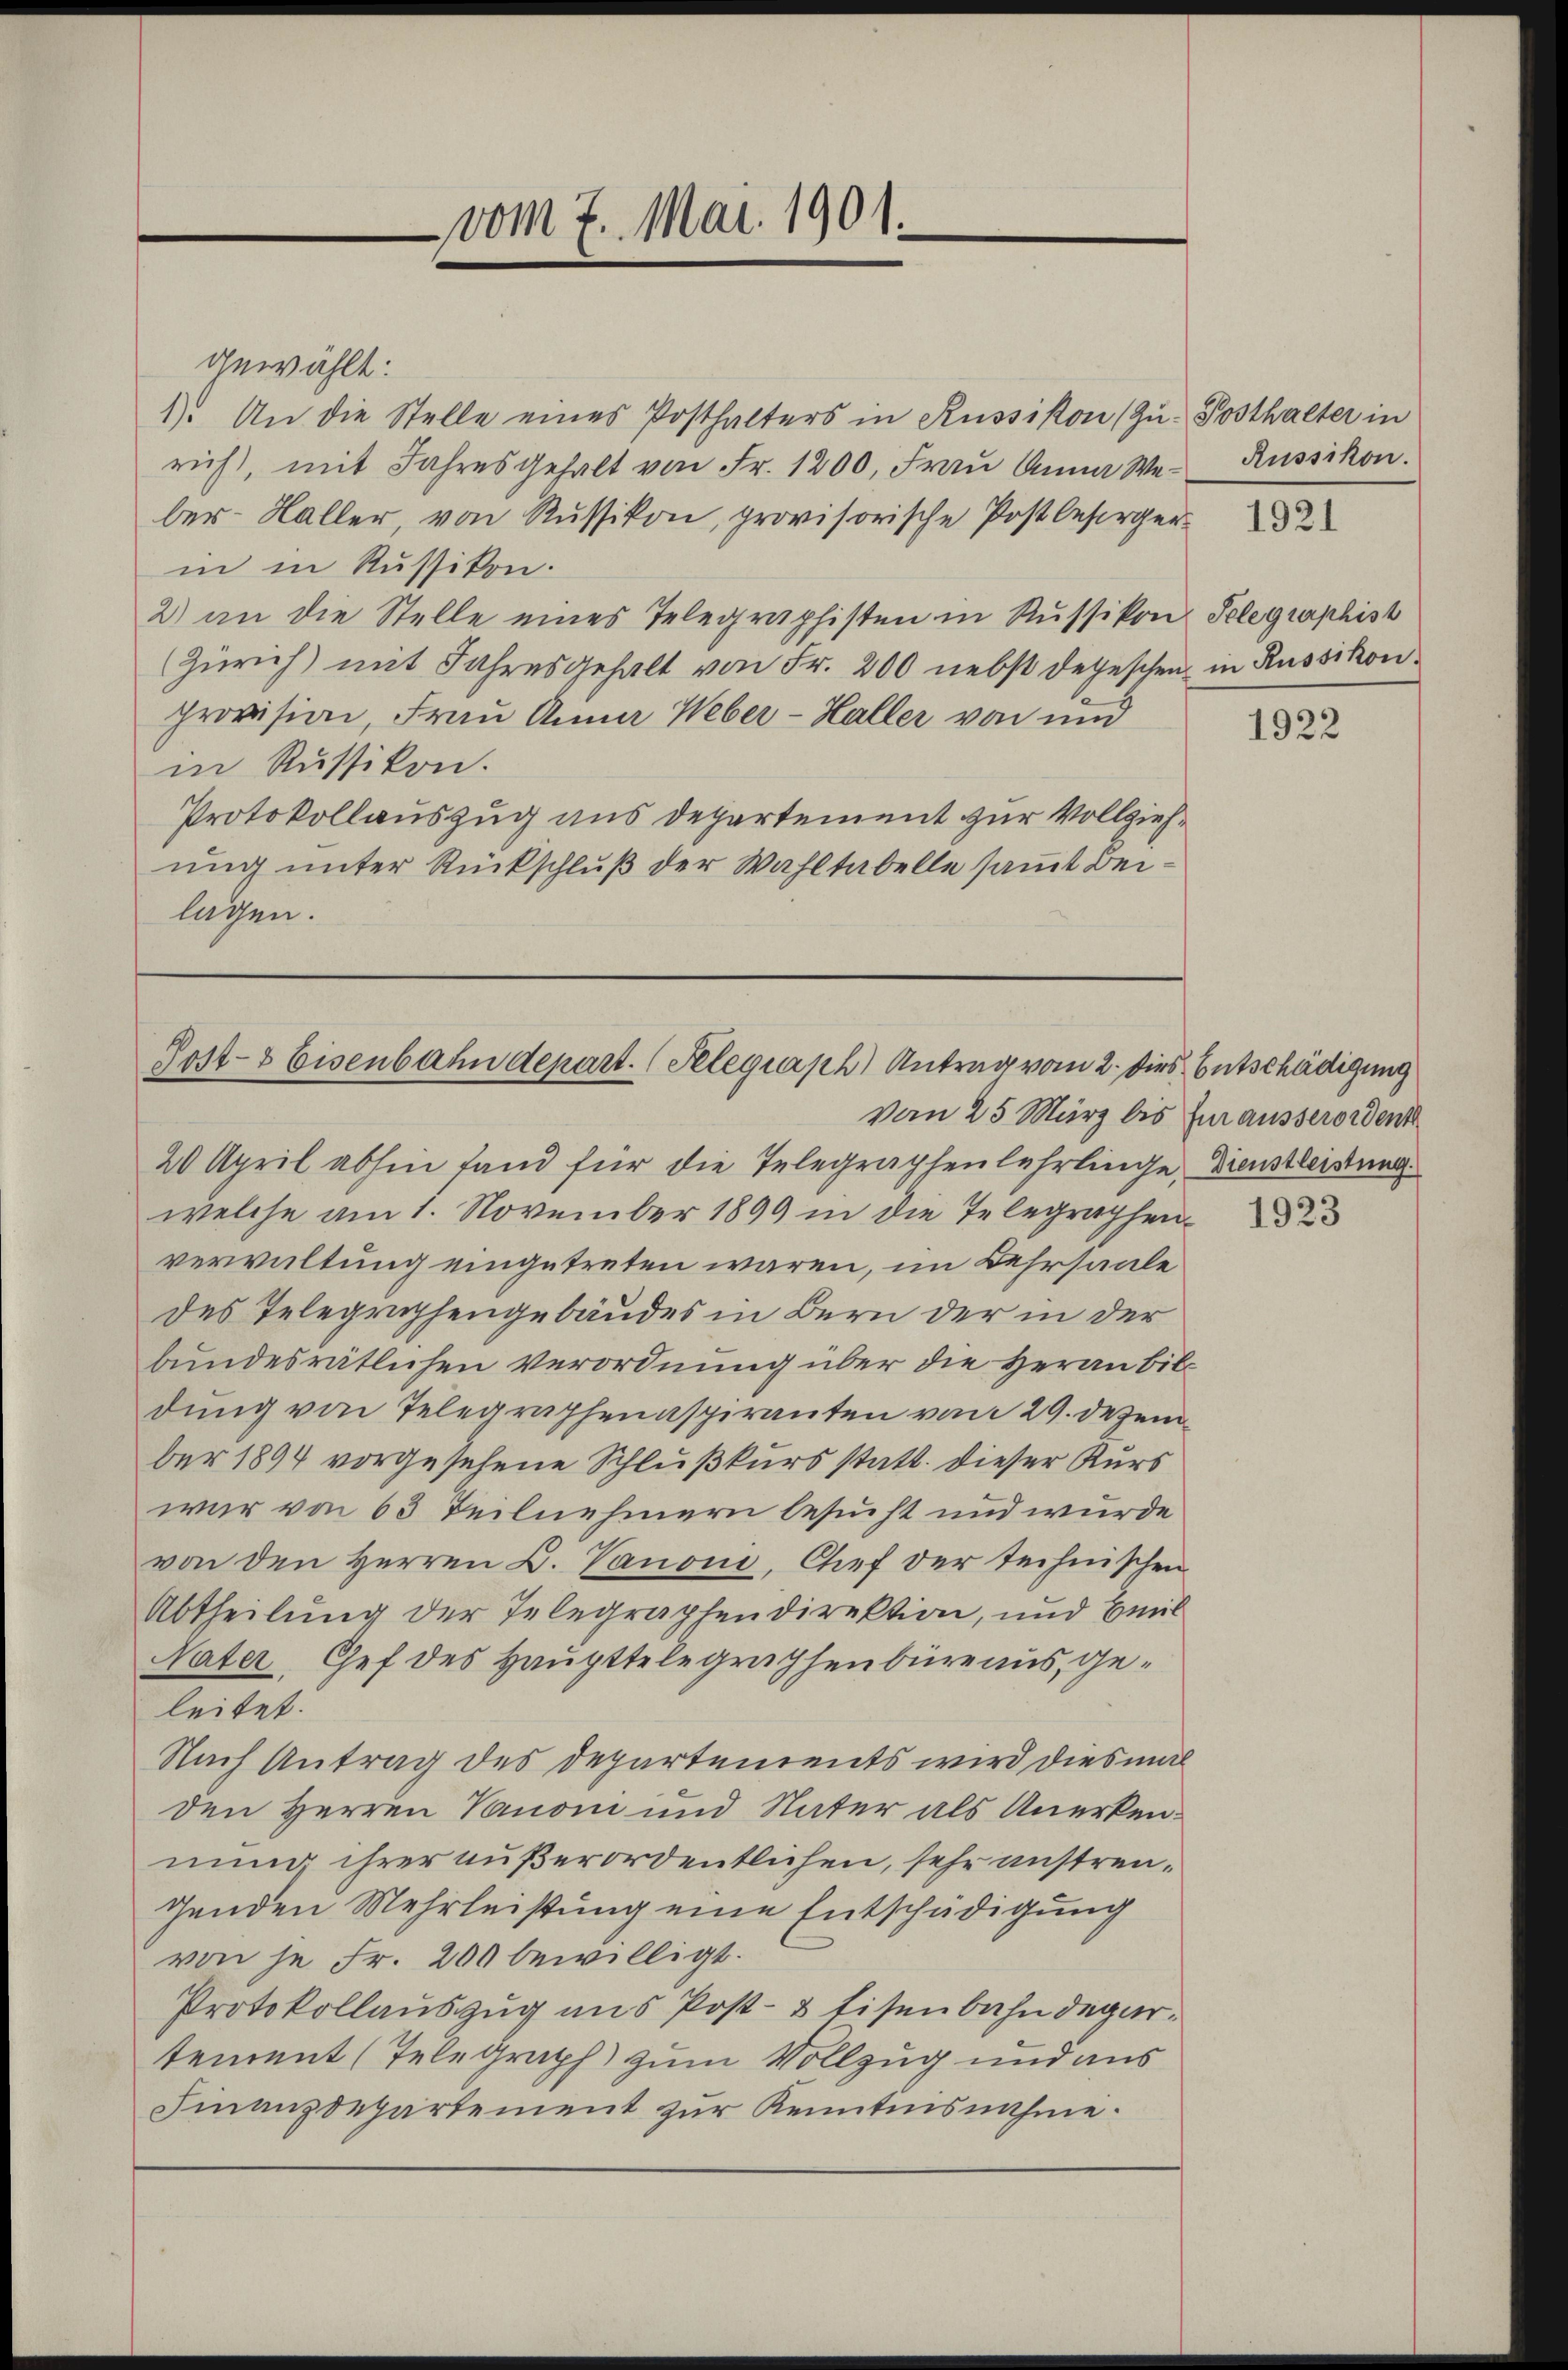
vom 7. Mai 1901.

gewählt:
1). An die Stelle eines Posthalters in Russikon (Zu. Posthalter in
rich, mit Jahres gehalt von Fr. 1200. Frau Anna Weber-Haller, von Russikon, provisorische Post besorger
in in Russikon.
2) an die Stelle eines Telegraphisten in Russikon Telegraphist
Zürich) mit Jahresgehalt von Fr. 200 nebst depeschen in Russikon
provision, Frau Anna Weber-Haller von und
in Russikon.
Protokollauszug aus Departement zur Vollziehung unter Rückschluß der Wahltabelle samt Beilagen.

Post- & Eisenbahndepart. (Relegraph Antrag vom 2. Dies Entschädigung
vom 25. März bis fur ausserordent

20 April abhin fand für die Telegraphenlehrlinge, Dienstleistung
welche am 1. November 1899 in die Telegraphenverwaltung eingetreten wären, im Kehrsaale
des Telegraphengebäudes in Bern der in der
bundesrätlichen Verordnung über die Heran bildung von Telegraphenaspiranten vom 29. Dezem
ber 1894 vorgesehene Schlußkurs statt. dieser Kurs
war von 63 Teilnehmern besucht und wurde
von den Herren D. Vanone, Chef der technischen
Abtheilung der Telegraphendirektion, und Eint
Vater, Gef des Haupttelegraphenbüreaus, geleitet.
Nach Antrag des Departements wird diesmal
den Herren Nanoni und Vater als Unerkennung ihrer außerordentlichen, sehr anstrengenden Mehrleistung eine Entschädigung
von je Fr. 200 bewilligt.
Protokollauszug aus Post- & Eisenbahndepartement (Telegraph zum Vollzug und aus
Finanzdepartement zur Kenntnisnahme.

Russikon.

1921

1922

1923